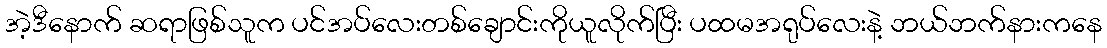
အဲ့ဒီနောက် ဆရာဖြစ်သူက ပင်အပ်လေးတစ်ချောင်းကိုယူလိုက်ပြီး ပထမအရုပ်လေးနဲ့ ဘယ်ဘက်နားကနေ